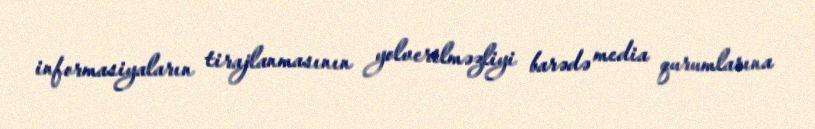
informasiyaların tirajlanmasının yolverilməzliyi barədə media qurumlarına